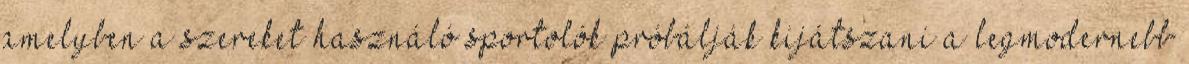
amelyben a szereket használó sportolók próbálják kijátszani a legmodernebb